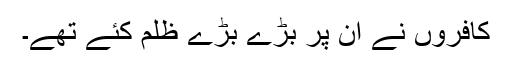
کافروں نے ان پر بڑے بڑے ظلم کئے تھے۔